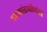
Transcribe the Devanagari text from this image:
घटमांडणीनंतर